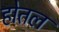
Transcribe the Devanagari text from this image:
होतल